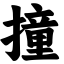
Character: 撞